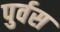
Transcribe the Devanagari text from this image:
पुर्वस